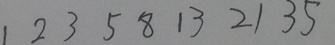
1 2 3 5 8 1 3 2 1 3 5